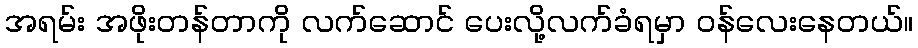
အရမ်း အဖိုးတန်တာကို လက်ဆောင် ပေးလို့လက်ခံရမှာ ဝန်လေးနေတယ်။